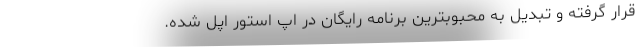
قرار گرفته و تبدیل به محبوبترین برنامه رایگان در اپ استور اپل شده.